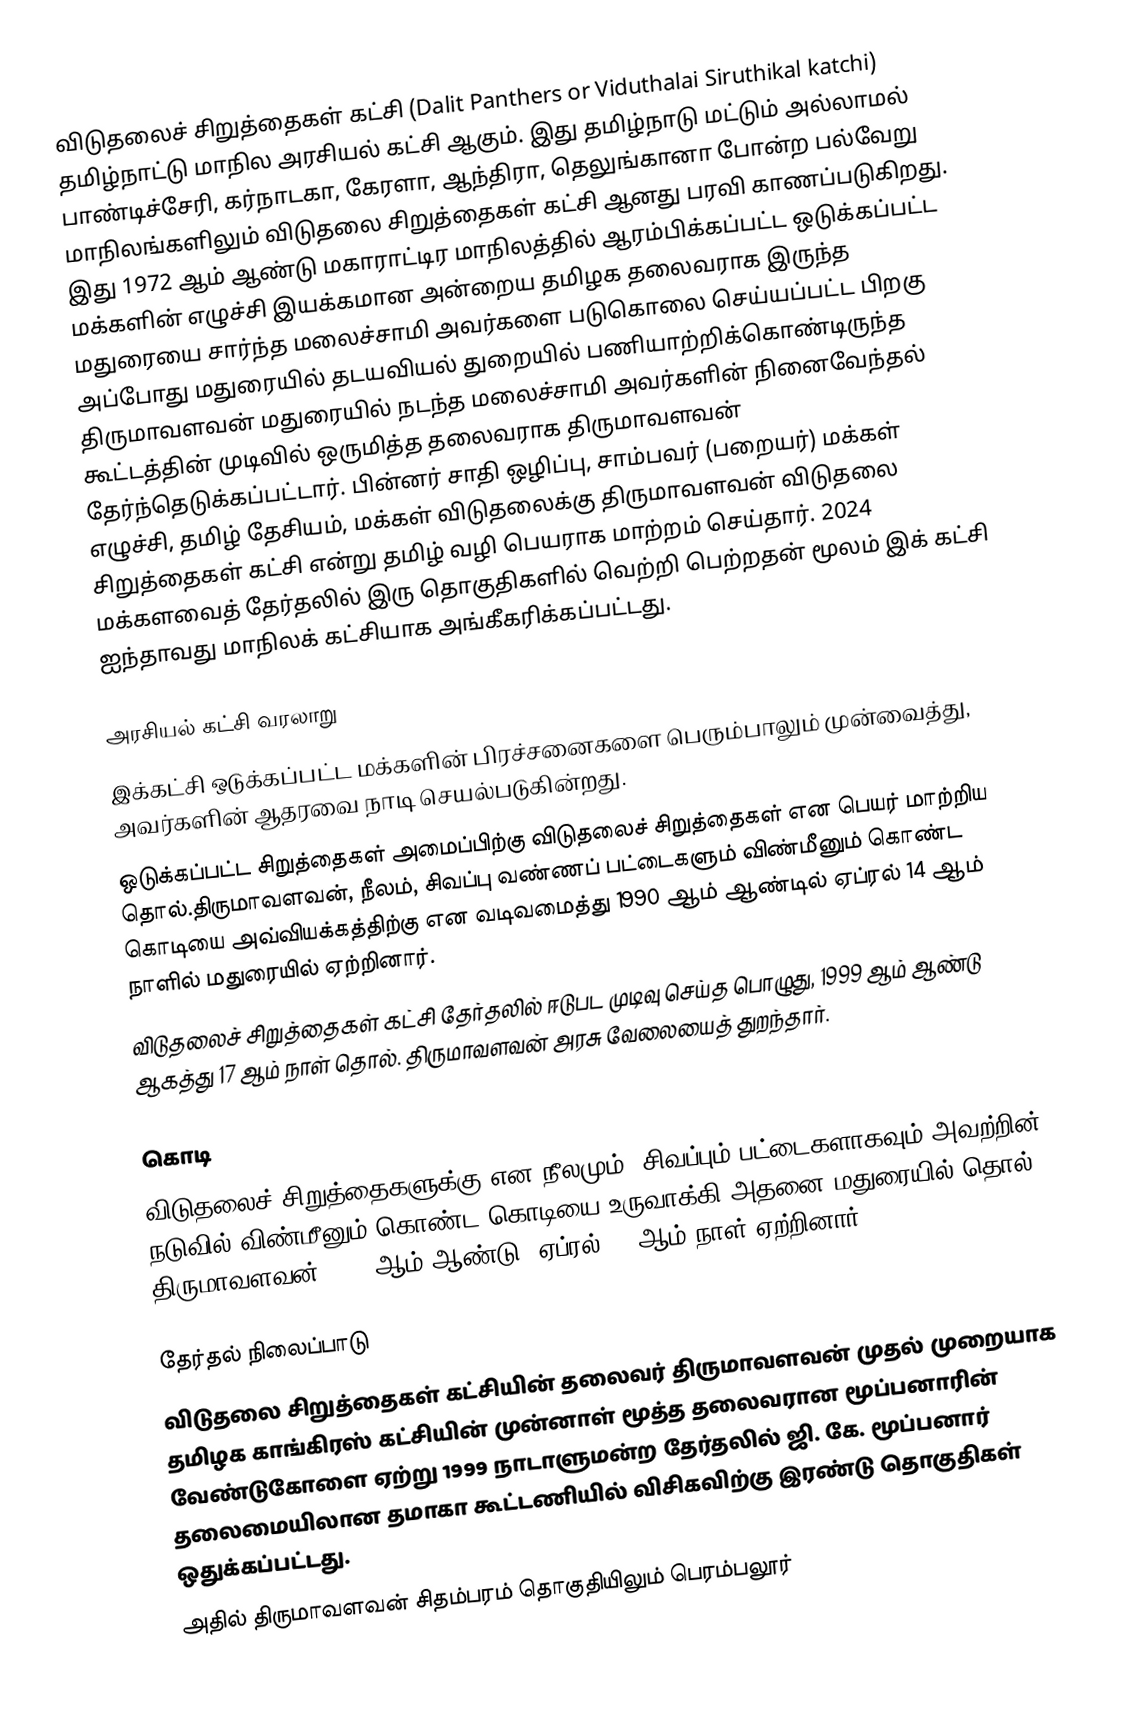
விடுதலைச் சிறுத்தைகள் கட்சி (Dalit Panthers or Viduthalai Siruthikal katchi) தமிழ்நாட்டு மாநில அரசியல் கட்சி ஆகும். இது தமிழ்நாடு மட்டும் அல்லாமல் பாண்டிச்சேரி, கர்நாடகா, கேரளா, ஆந்திரா, தெலுங்கானா போன்ற பல்வேறு மாநிலங்களிலும் விடுதலை சிறுத்தைகள் கட்சி ஆனது பரவி காணப்படுகிறது. இது 1972 ஆம் ஆண்டு மகாராட்டிர மாநிலத்தில் ஆரம்பிக்கப்பட்ட ஒடுக்கப்பட்ட மக்களின் எழுச்சி  இயக்கமான  அன்றைய தமிழக தலைவராக இருந்த மதுரையை சார்ந்த மலைச்சாமி அவர்களை படுகொலை செய்யப்பட்ட பிறகு அப்போது மதுரையில் தடயவியல் துறையில் பணியாற்றிக்கொண்டிருந்த திருமாவளவன் மதுரையில் நடந்த மலைச்சாமி அவர்களின் நினைவேந்தல் கூட்டத்தின் முடிவில் ஒருமித்த தலைவராக திருமாவளவன் தேர்ந்தெடுக்கப்பட்டார். பின்னர் சாதி ஒழிப்பு, சாம்பவர் (பறையர்) மக்கள் எழுச்சி, தமிழ் தேசியம், மக்கள் விடுதலைக்கு  திருமாவளவன் விடுதலை சிறுத்தைகள் கட்சி என்று தமிழ் வழி பெயராக மாற்றம் செய்தார்.  2024 மக்களவைத் தேர்தலில் இரு தொகுதிகளில் வெற்றி பெற்றதன் மூலம் இக் கட்சி ஐந்தாவது மாநிலக் கட்சியாக அங்கீகரிக்கப்பட்டது.

அரசியல் கட்சி வரலாறு
 இக்கட்சி ஒடுக்கப்பட்ட மக்களின் பிரச்சனைகளை பெரும்பாலும் முன்வைத்து, அவர்களின் ஆதரவை நாடி செயல்படுகின்றது.
 ஒடுக்கப்பட்ட சிறுத்தைகள் அமைப்பிற்கு விடுதலைச் சிறுத்தைகள் என பெயர் மாற்றிய தொல்.திருமாவளவன், நீலம், சிவப்பு வண்ணப் பட்டைகளும் விண்மீனும் கொண்ட கொடியை அவ்வியக்கத்திற்கு என வடிவமைத்து 1990 ஆம் ஆண்டில் ஏப்ரல் 14 ஆம் நாளில் மதுரையில் ஏற்றினார்.
 விடுதலைச் சிறுத்தைகள் கட்சி தேர்தலில் ஈடுபட முடிவு செய்த பொழுது, 1999 ஆம் ஆண்டு ஆகத்து 17 ஆம் நாள் தொல். திருமாவளவன் அரசு வேலையைத் துறந்தார்.

கொடி
விடுதலைச் சிறுத்தைகளுக்கு என நீலமும், சிவப்பும் பட்டைகளாகவும் அவற்றின் நடுவில் விண்மீனும் கொண்ட கொடியை உருவாக்கி அதனை மதுரையில் தொல். திருமாவளவன் 1990 ஆம் ஆண்டு, ஏப்ரல் 14 ஆம் நாள் ஏற்றினார்.

தேர்தல் நிலைப்பாடு
 விடுதலை சிறுத்தைகள் கட்சியின் தலைவர் திருமாவளவன் முதல் முறையாக தமிழக காங்கிரஸ் கட்சியின் முன்னாள் மூத்த தலைவரான மூப்பனாரின் வேண்டுகோளை ஏற்று 1999 நாடாளுமன்ற தேர்தலில் ஜி. கே. மூப்பனார் தலைமையிலான தமாகா கூட்டணியில் விசிகவிற்கு இரண்டு தொகுதிகள் ஒதுக்கப்பட்டது.
 அதில் திருமாவளவன் சிதம்பரம் தொகுதியிலும் பெரம்பலூர்